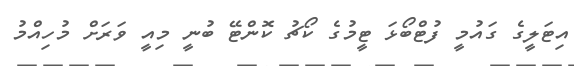
އިޓަލީގެ ގައުމީ ފުޓްބޯޅަ ޓީމުގެ ކޯޗު ކޮންޓޭ ބުނީ މިއީ ވަރަށް މުހިއްމު